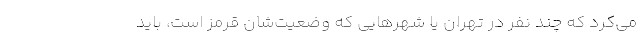
می‌کرد که چند نفر در تهران یا شهرهایی که وضعیت‌شان قرمز است، باید